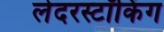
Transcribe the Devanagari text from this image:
लेदरस्टॉकिंग